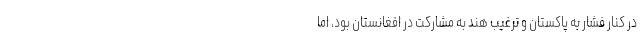
در كنار فشار به پاكستان و ترغيب هند به مشاركت در افغانستان بود، اما